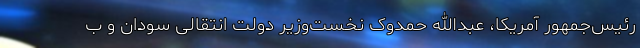
رئیس‌جمهور آمریکا، عبدالله حمدوک نخست‌وزیر دولت انتقالی سودان و ب